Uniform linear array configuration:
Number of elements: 16
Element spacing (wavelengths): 0.5
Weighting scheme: cosine
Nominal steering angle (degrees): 45
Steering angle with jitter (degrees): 43.04
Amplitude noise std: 0.05
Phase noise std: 0.05

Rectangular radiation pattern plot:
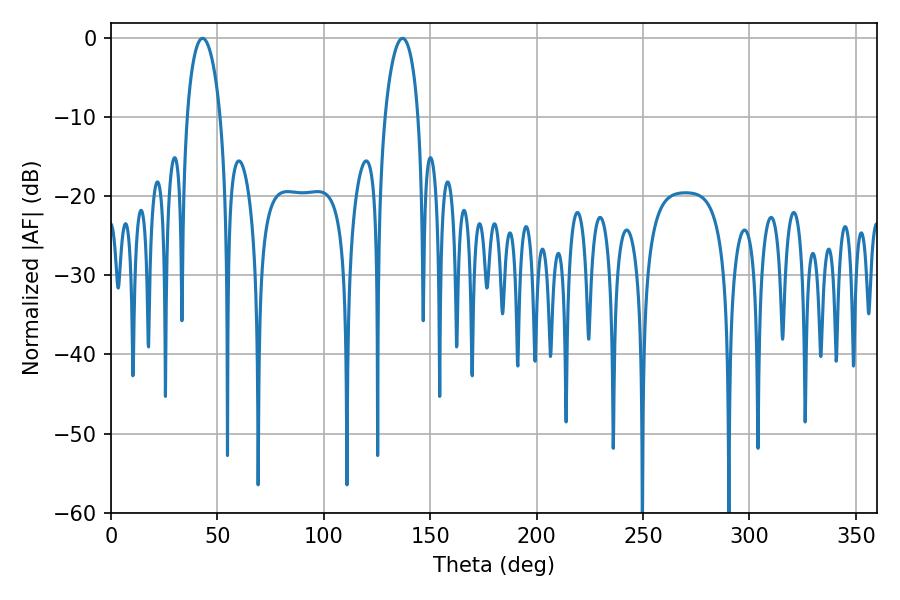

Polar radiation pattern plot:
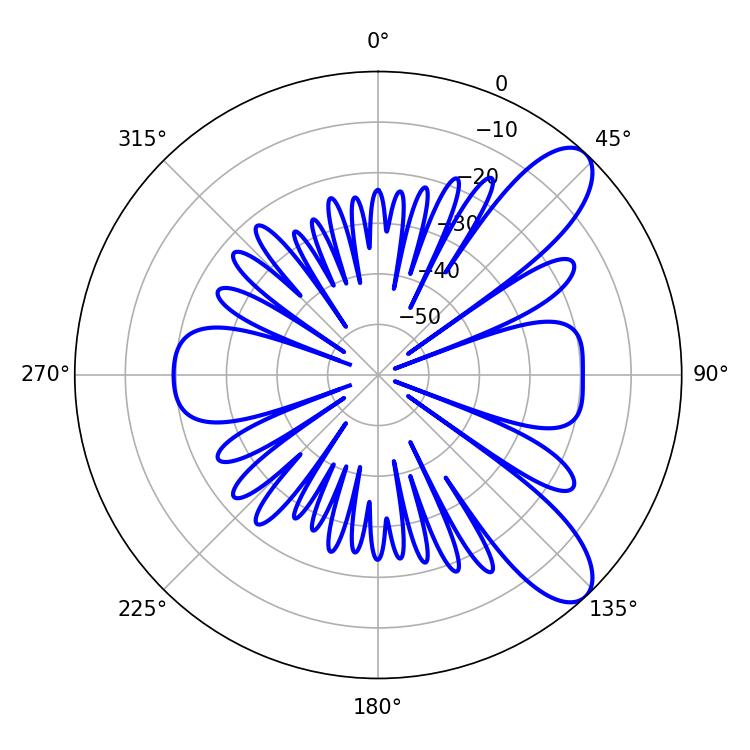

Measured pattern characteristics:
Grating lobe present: FALSE
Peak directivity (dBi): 9.377
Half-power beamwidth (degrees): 9
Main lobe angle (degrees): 43.02